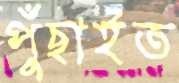
পুঁছাইত